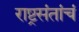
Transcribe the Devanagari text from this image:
राष्ट्रसंतांचं